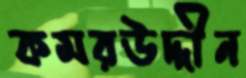
কমরউদ্দীন